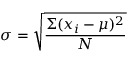
\sigma = { \sqrt { \frac { \Sigma ( x _ { i } - \mu ) ^ { 2 } } { N } } }